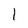
Character: 1